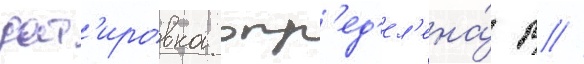
дат'ировка опр'ед'ел'ена́ р //